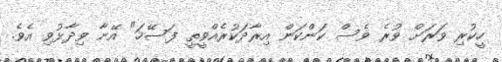
ހީކުރި ވަރަށް ވުރެ ވެސް ކަންކަން އިރާދަކުރެއްވީތީ ފަސޭހަ" އޭނާ ވިދާޅުވި އެވެ.